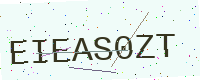
Text: EIEAS0ZT